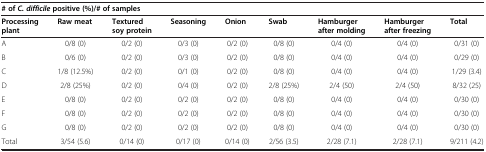
<table><thead><tr><td colspan="9"><b># of<i>C. difficile</i>positive (%)/# of samples</b></td></tr><tr><td><b>Processing plant</b></td><td><b>Raw meat</b></td><td><b>Textured soy protein</b></td><td><b>Seasoning</b></td><td><b>Onion</b></td><td><b>Swab</b></td><td><b>Hamburger after molding</b></td><td><b>Hamburger after freezing</b></td><td><b>Total</b></td></tr></thead><tbody><tr><td>A</td><td>0/8 (0)</td><td>0/2 (0)</td><td>0/3 (0)</td><td>0/2 (0)</td><td>0/8 (0)</td><td>0/4 (0)</td><td>0/4 (0)</td><td>0/31 (0)</td></tr><tr><td>B</td><td>0/6 (0)</td><td>0/2 (0)</td><td>0/3 (0)</td><td>0/2 (0)</td><td>0/8 (0)</td><td>0/4 (0)</td><td>0/4 (0)</td><td>0/29 (0)</td></tr><tr><td>C</td><td>1/8 (12.5%)</td><td>0/2 (0)</td><td>0/1 (0)</td><td>0/2 (0)</td><td>0/8 (0)</td><td>0/4 (0)</td><td>0/4 (0)</td><td>1/29 (3.4)</td></tr><tr><td>D</td><td>2/8 (25%)</td><td>0/2 (0)</td><td>0/4 (0)</td><td>0/2 (0)</td><td>2/8 (25%)</td><td>2/4 (50)</td><td>2/4 (50)</td><td>8/32 (25)</td></tr><tr><td>E</td><td>0/8 (0)</td><td>0/2 (0)</td><td>0/2 (0)</td><td>0/2 (0)</td><td>0/8 (0)</td><td>0/4 (0)</td><td>0/4 (0)</td><td>0/30 (0)</td></tr><tr><td>F</td><td>0/8 (0)</td><td>0/2 (0)</td><td>0/2 (0)</td><td>0/2 (0)</td><td>0/8 (0)</td><td>0/4 (0)</td><td>0/4 (0)</td><td>0/30 (0)</td></tr><tr><td>G</td><td>0/8 (0)</td><td>0/2 (0)</td><td>0/2 (0)</td><td>0/2 (0)</td><td>0/8 (0)</td><td>0/4 (0)</td><td>0/4 (0)</td><td>0/30 (0)</td></tr><tr><td>Total</td><td>3/54 (5.6)</td><td>0/14 (0)</td><td>0/17 (0)</td><td>0/14 (0)</td><td>2/56 (3.5)</td><td>2/28 (7.1)</td><td>2/28 (7.1)</td><td>9/211 (4.2)</td></tr></tbody></table>